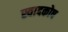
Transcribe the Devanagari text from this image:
स्वादकोष